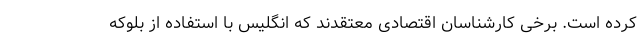
کرده است. برخی کارشناسان اقتصادی معتقدند که انگلیس با استفاده از بلوکه